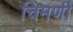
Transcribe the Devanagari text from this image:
चिमणीं